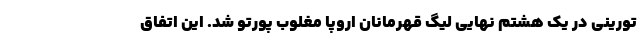
تورینی در یک هشتم نهایی لیگ قهرمانان اروپا مغلوب پورتو شد. این اتفاق